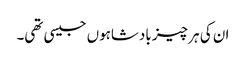
ان کی ہر چیز بادشاہوں جیسی تھی۔